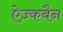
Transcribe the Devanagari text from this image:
ऐज़्कबैन